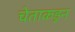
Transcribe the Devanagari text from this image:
चेताकडून